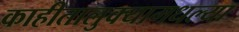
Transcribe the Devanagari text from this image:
काहीतालुक्यामधल्या